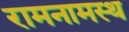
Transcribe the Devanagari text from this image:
रामनामस्थ